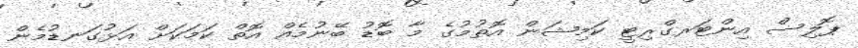
ޕޮލިސް އިންޓަރގްރިޓީ ކަމިޝަން އޮތުމުގެ މާ ބޮޑު ބޭނުމެއް އޮތް ކަމަކަށް އަޅުގަނޑުމެން